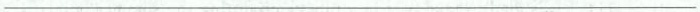
___